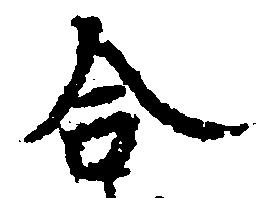
合